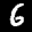
Label: 6